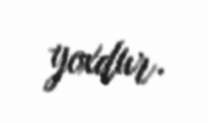
yoxdur.